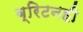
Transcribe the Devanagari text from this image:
ब्रिटनही